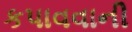
કપાવવાની